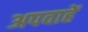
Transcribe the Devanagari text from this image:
अपवाहें